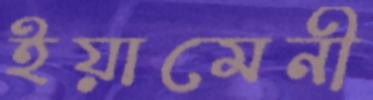
ইয়ামেনী